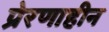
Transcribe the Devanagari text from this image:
प्रेरणाहीन